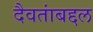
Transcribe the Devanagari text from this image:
दैवतांबद्दल